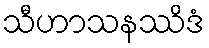
သီဟာသနဿိဒံ